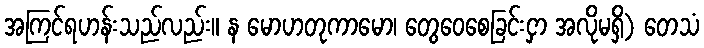
အကြင်ရဟန်းသည်လည်း။ န မောဟတုကာမော၊ တွေဝေစေခြင်းငှာ အလိုမရှိ) တေသံ